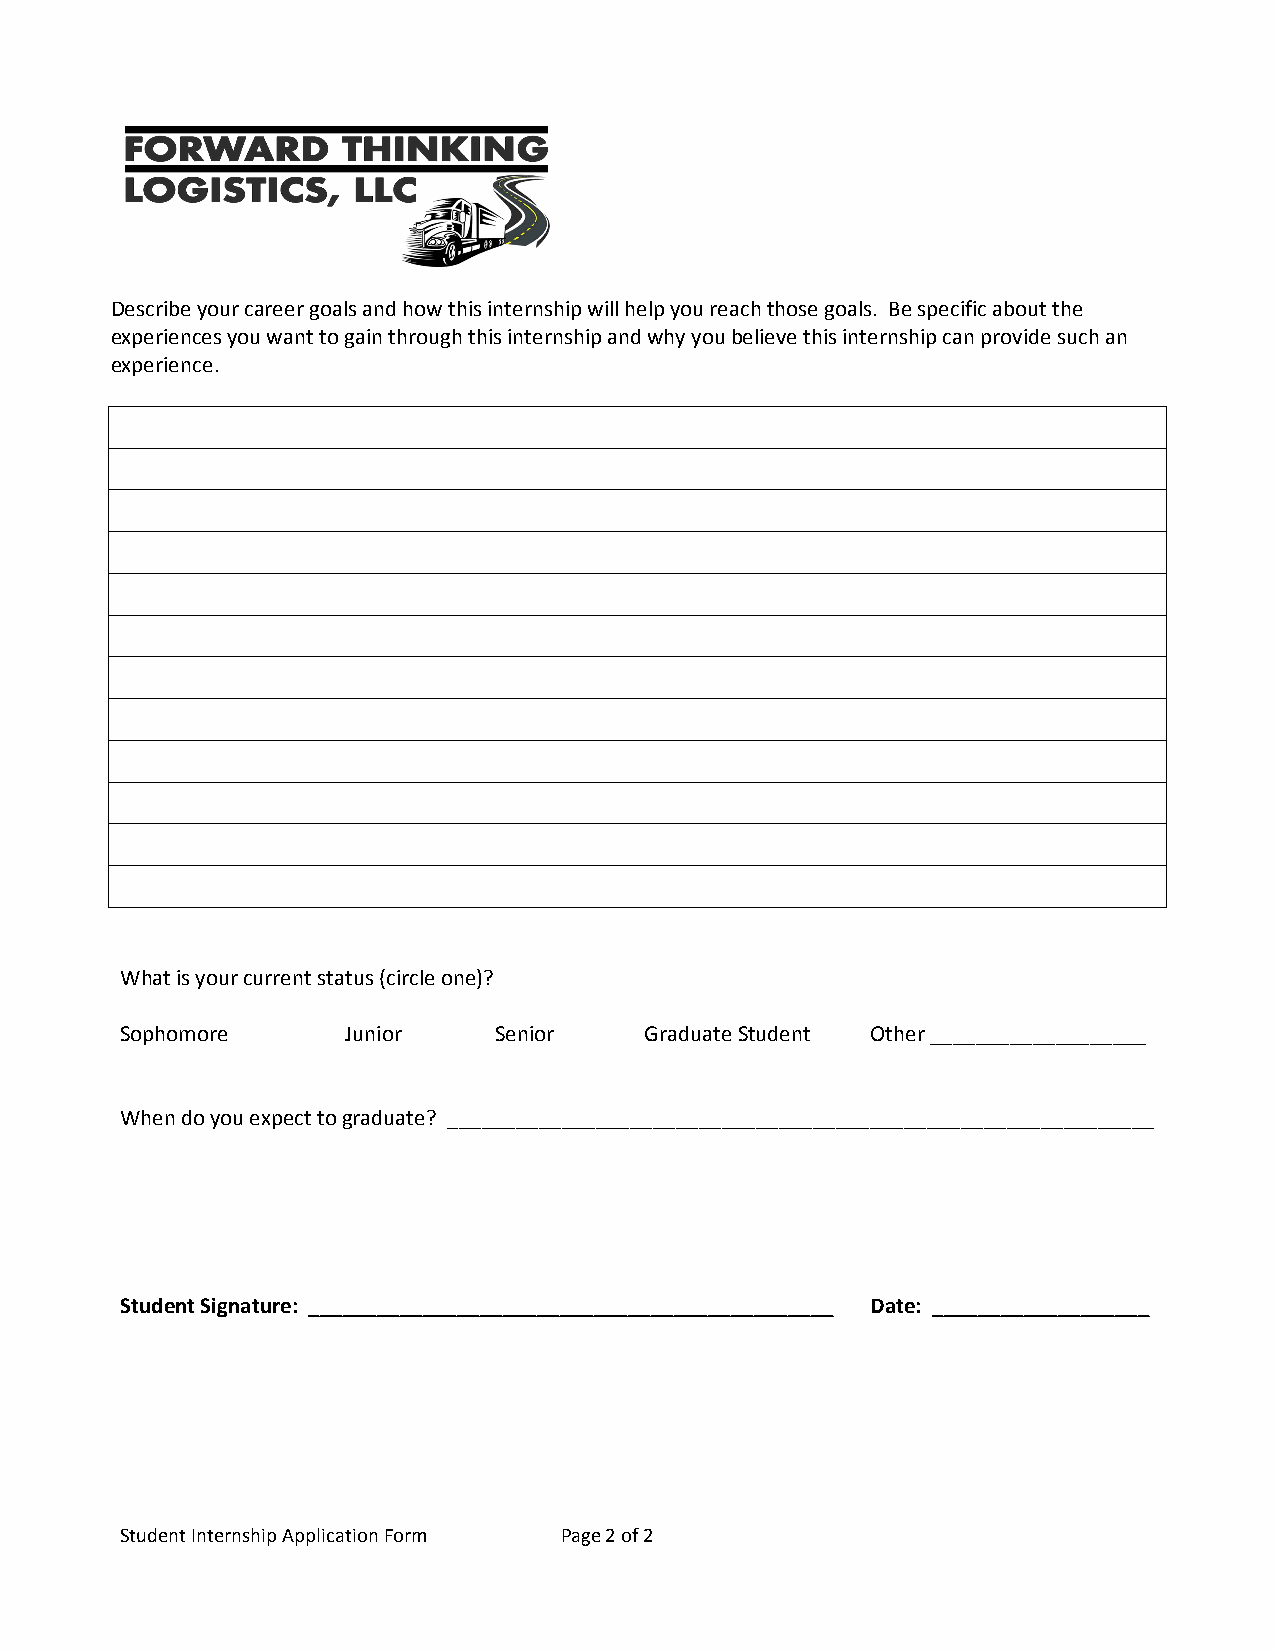
Describe your career goals and how this internship will help you reach those goals. Be specific about the
 experiences you want to gain through this internship and why you believe this internship can provide such an
 experience.
 What is your current status (circle one)?
 Sophomore      Junior    Senior    Graduate Student Other ___________________
 When do you expect to graduate? ______________________________________________________________
 Student Signature: ______________________________________________ Date: ___________________
 Student Internship Application Form Page 2 of 2